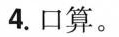
4.口算。